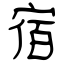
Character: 宿